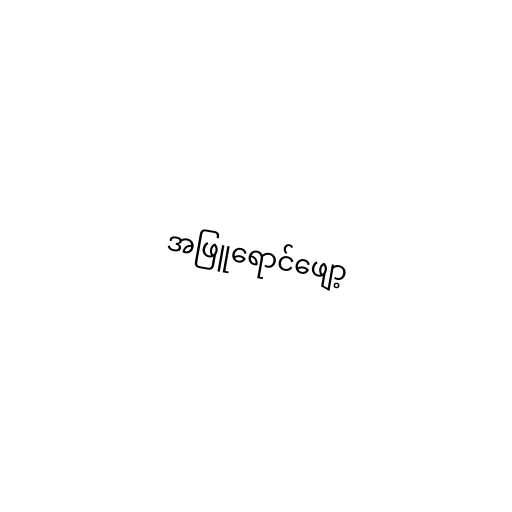
အဖြူရောင်ဖျော့